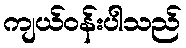
ကျယ်ဝန်းပါသည်